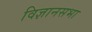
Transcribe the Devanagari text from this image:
विज्ञानसभा